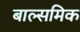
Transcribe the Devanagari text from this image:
बाल्समिक